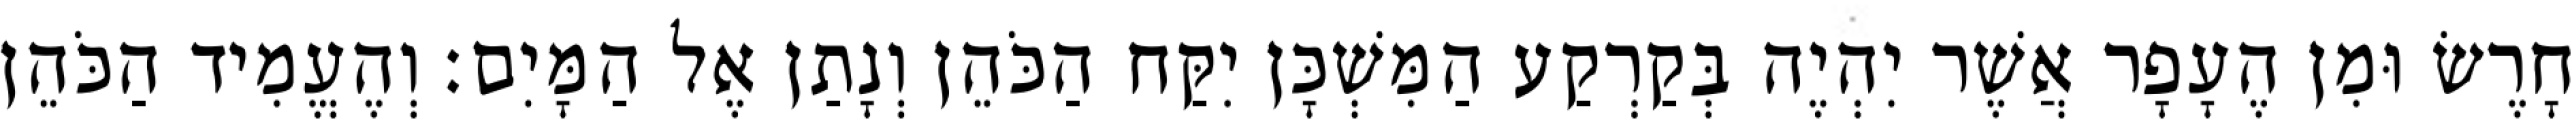
חָרֶשׂ וּמִן הֶעָפָר אֲשֶׁר יִהְיֶה בְּקַרְקַע הַמִּשְׁכָּן יִקַּח הַכֹּהֵן וְנָתַן אֶל הַמָּיִם׃ וְהֶעֱמִיד הַכֹּהֵן